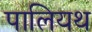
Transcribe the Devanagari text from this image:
पालियथ